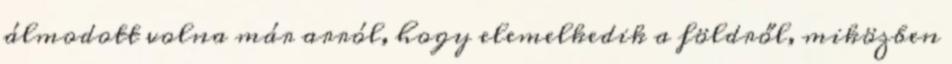
álmodott volna már arról, hogy elemelkedik a földről, miközben